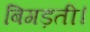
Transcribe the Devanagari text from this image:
बिगड़ती।